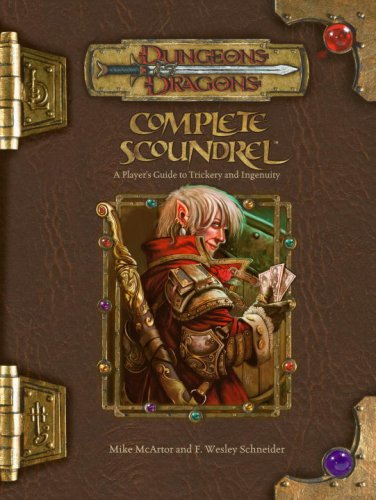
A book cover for Complete Scoundrel: A Player's Guide to Trickery and Ingenuity (Dungeons & Dragons d20 3.5 Fantasy Roleplaying); Mike McArtor; Science Fiction & Fantasy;